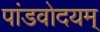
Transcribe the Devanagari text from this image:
पांडवोदयम्